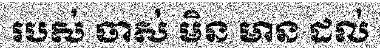
របស់ ចាស់ មិន មាន ដល់